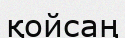
қойсаң